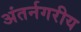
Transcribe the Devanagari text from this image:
अंतर्नगरीय